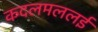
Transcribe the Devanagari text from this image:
कदलमललई